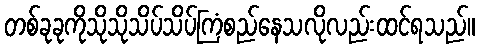
တစ်ခုခုကိုသိုသိုသိပ်သိပ်ကြံစည်နေသလိုလည်းထင်ရသည်။